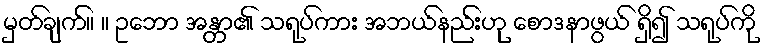
မှတ်ချက်။ ။ ဥဘော အန္တာ၏ သရုပ်ကား အဘယ်နည်းဟု စောဒနာဖွယ် ရှိ၍ သရုပ်ကို